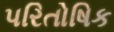
પરિતોષિક